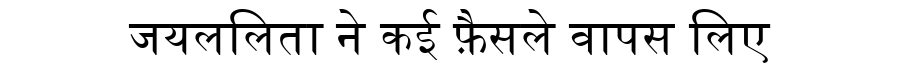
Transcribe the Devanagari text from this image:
जयललिता ने कई फ़ैसले वापस लिए